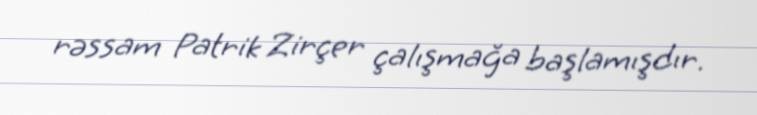
rəssam Patrik Zirçer çalışmağa başlamışdır.